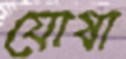
যোষা